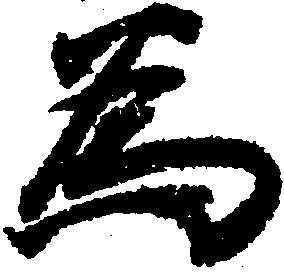
為